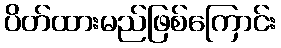
ပိတ်ထားမည်ဖြစ်ကြောင်း